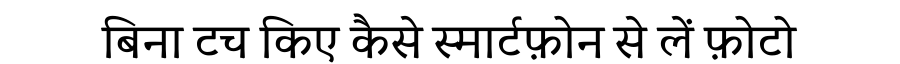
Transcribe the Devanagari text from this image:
बिना टच किए कैसे स्मार्टफ़ोन से लें फ़ोटो